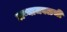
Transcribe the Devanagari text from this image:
ठाण्याजवळची